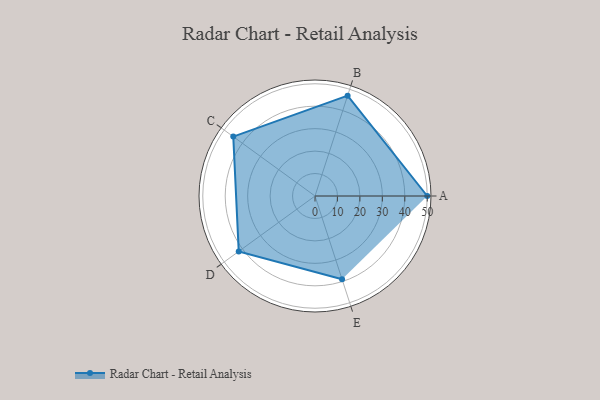
{"axis": {"x": "Skill", "y": "Score"}, "legend": ["Profile"], "data": [{"x": "A", "y": 50.0, "type": "Profile"}, {"x": "B", "y": 47.0, "type": "Profile"}, {"x": "C", "y": 45.0, "type": "Profile"}, {"x": "D", "y": 42.0, "type": "Profile"}, {"x": "E", "y": 39.0, "type": "Profile"}]}